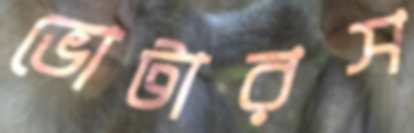
ভোটারস